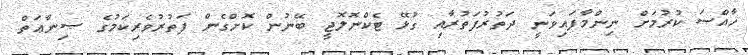
ޚާއްސަ ކުރުމަށް ނިންމާފައިވަނީ ދަތުރުފަތުރާއި ގުޅޭ ޓެކްނޮލޮޖީ ބޭނުން ކޮށްގެން ފަތުރުވެރިކަމުގެ ޞިނާޢަތް